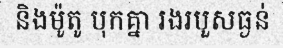
និងម៉ូតូ បុកគ្នា រងរបួសធ្ងន់